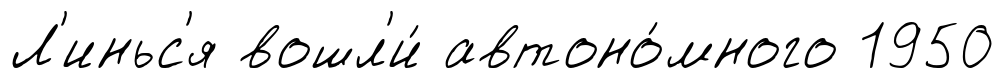
Л'иньс'я вошл'и́ автоно́много 1950